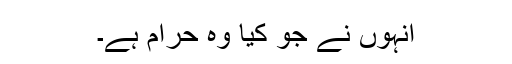
انہوں نے جو کیا وہ حرام ہے۔